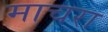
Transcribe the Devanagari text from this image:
माचरा